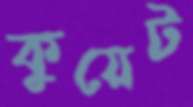
কুয়েট